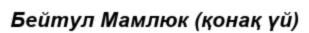
Бейтул Мамлюк (қонақ үй)